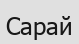
Сарай